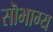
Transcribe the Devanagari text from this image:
सॊभाग्य